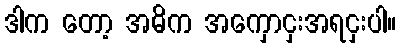
ဒါက တော့ အဓိက အကှောငှးအရငှးပါ။